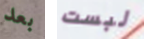
بعد لبست